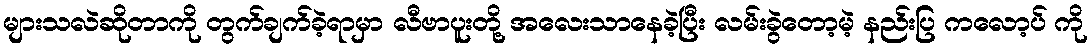
များသလဲဆိုတာကို တွက်ချက်ခဲ့ရာမှာ လီဗာပူးတို့ အလေးသာနေခဲ့ပြီး လမ်းခွဲတော့မဲ့ နည်းပြ ကလော့ပ် ကို